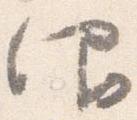
仰